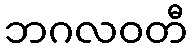
ဘဂလဝတီ